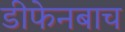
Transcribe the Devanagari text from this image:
डीफेनबाच